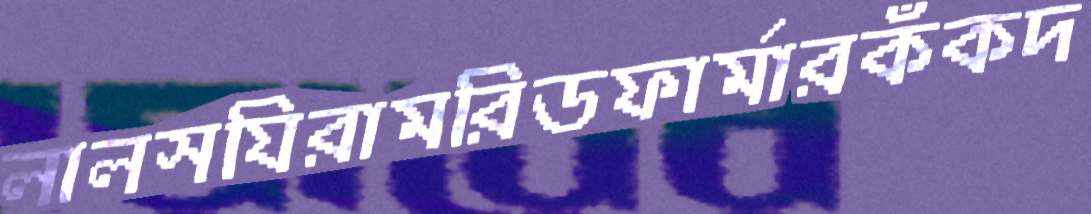
লালসযিরামরিডফার্মারকঁকদ